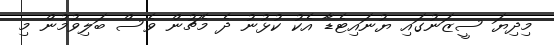
މިދިޔަ ސީޒަނުގައި ޔުނައިޓެޑާ އެކު ކުޅުނު ދެ މެޗުން ވެސް ބަލިވުމުން މި